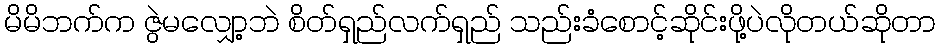
မိမိဘက်က ဇွဲမလျှော့ဘဲ စိတ်ရှည်လက်ရှည် သည်းခံစောင့်ဆိုင်းဖို့ပဲလိုတယ်ဆိုတာ